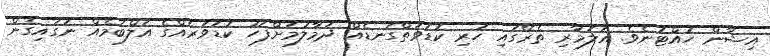
އިޝާން ހުއްޓުނެވެ. އަލަމާރި ތެރޭގައި ހުރި ކުޑަވަތްގަނޑެއް ދަމާލުމަށްފަހު ކުޑަވަރެއްގެ އަލްބަމެއް ނަގައިގެން